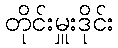
တိုင်းမှူးဒိုင်း